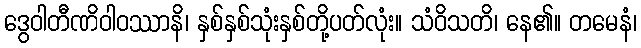
ဒွေဝါတီဏိဝါဝဿာနိ၊ နှစ်နှစ်သုံးနှစ်တို့ပတ်လုံး။ သံဝိသတိ၊ နေ၏။ တမေနံ၊